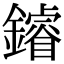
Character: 䥧